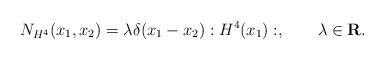
LaTeX: \begin{align*}N_{H^4}(x_{1},x_{2})=\lambda \delta (x_{1}-x_{2}):H^{4}(x_{1}):,\quad \quad\lambda \in \mathbf{R}. \end{align*}